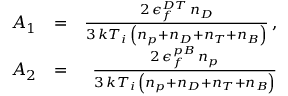
\begin{array} { r l r } { A _ { 1 } } & { = } & { \frac { 2 \, \epsilon _ { f } ^ { D T } \, n _ { D } } { 3 \, k T _ { i } \, \left( n _ { p } + n _ { D } + n _ { T } + n _ { B } \right) } \, , } \\ { A _ { 2 } } & { = } & { \frac { 2 \, \epsilon _ { f } ^ { p B } \, n _ { p } } { 3 \, k T _ { i } \, \left( n _ { p } + n _ { D } + n _ { T } + n _ { B } \right) } } \end{array}